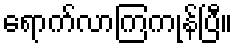
ရောက်လာကြကုန်ပြီ။